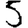
Digit: 5